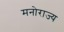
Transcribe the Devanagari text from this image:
मनोराज्य